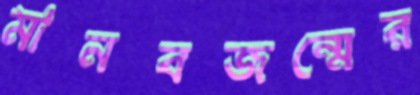
মানবজন্মের